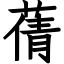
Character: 蒨